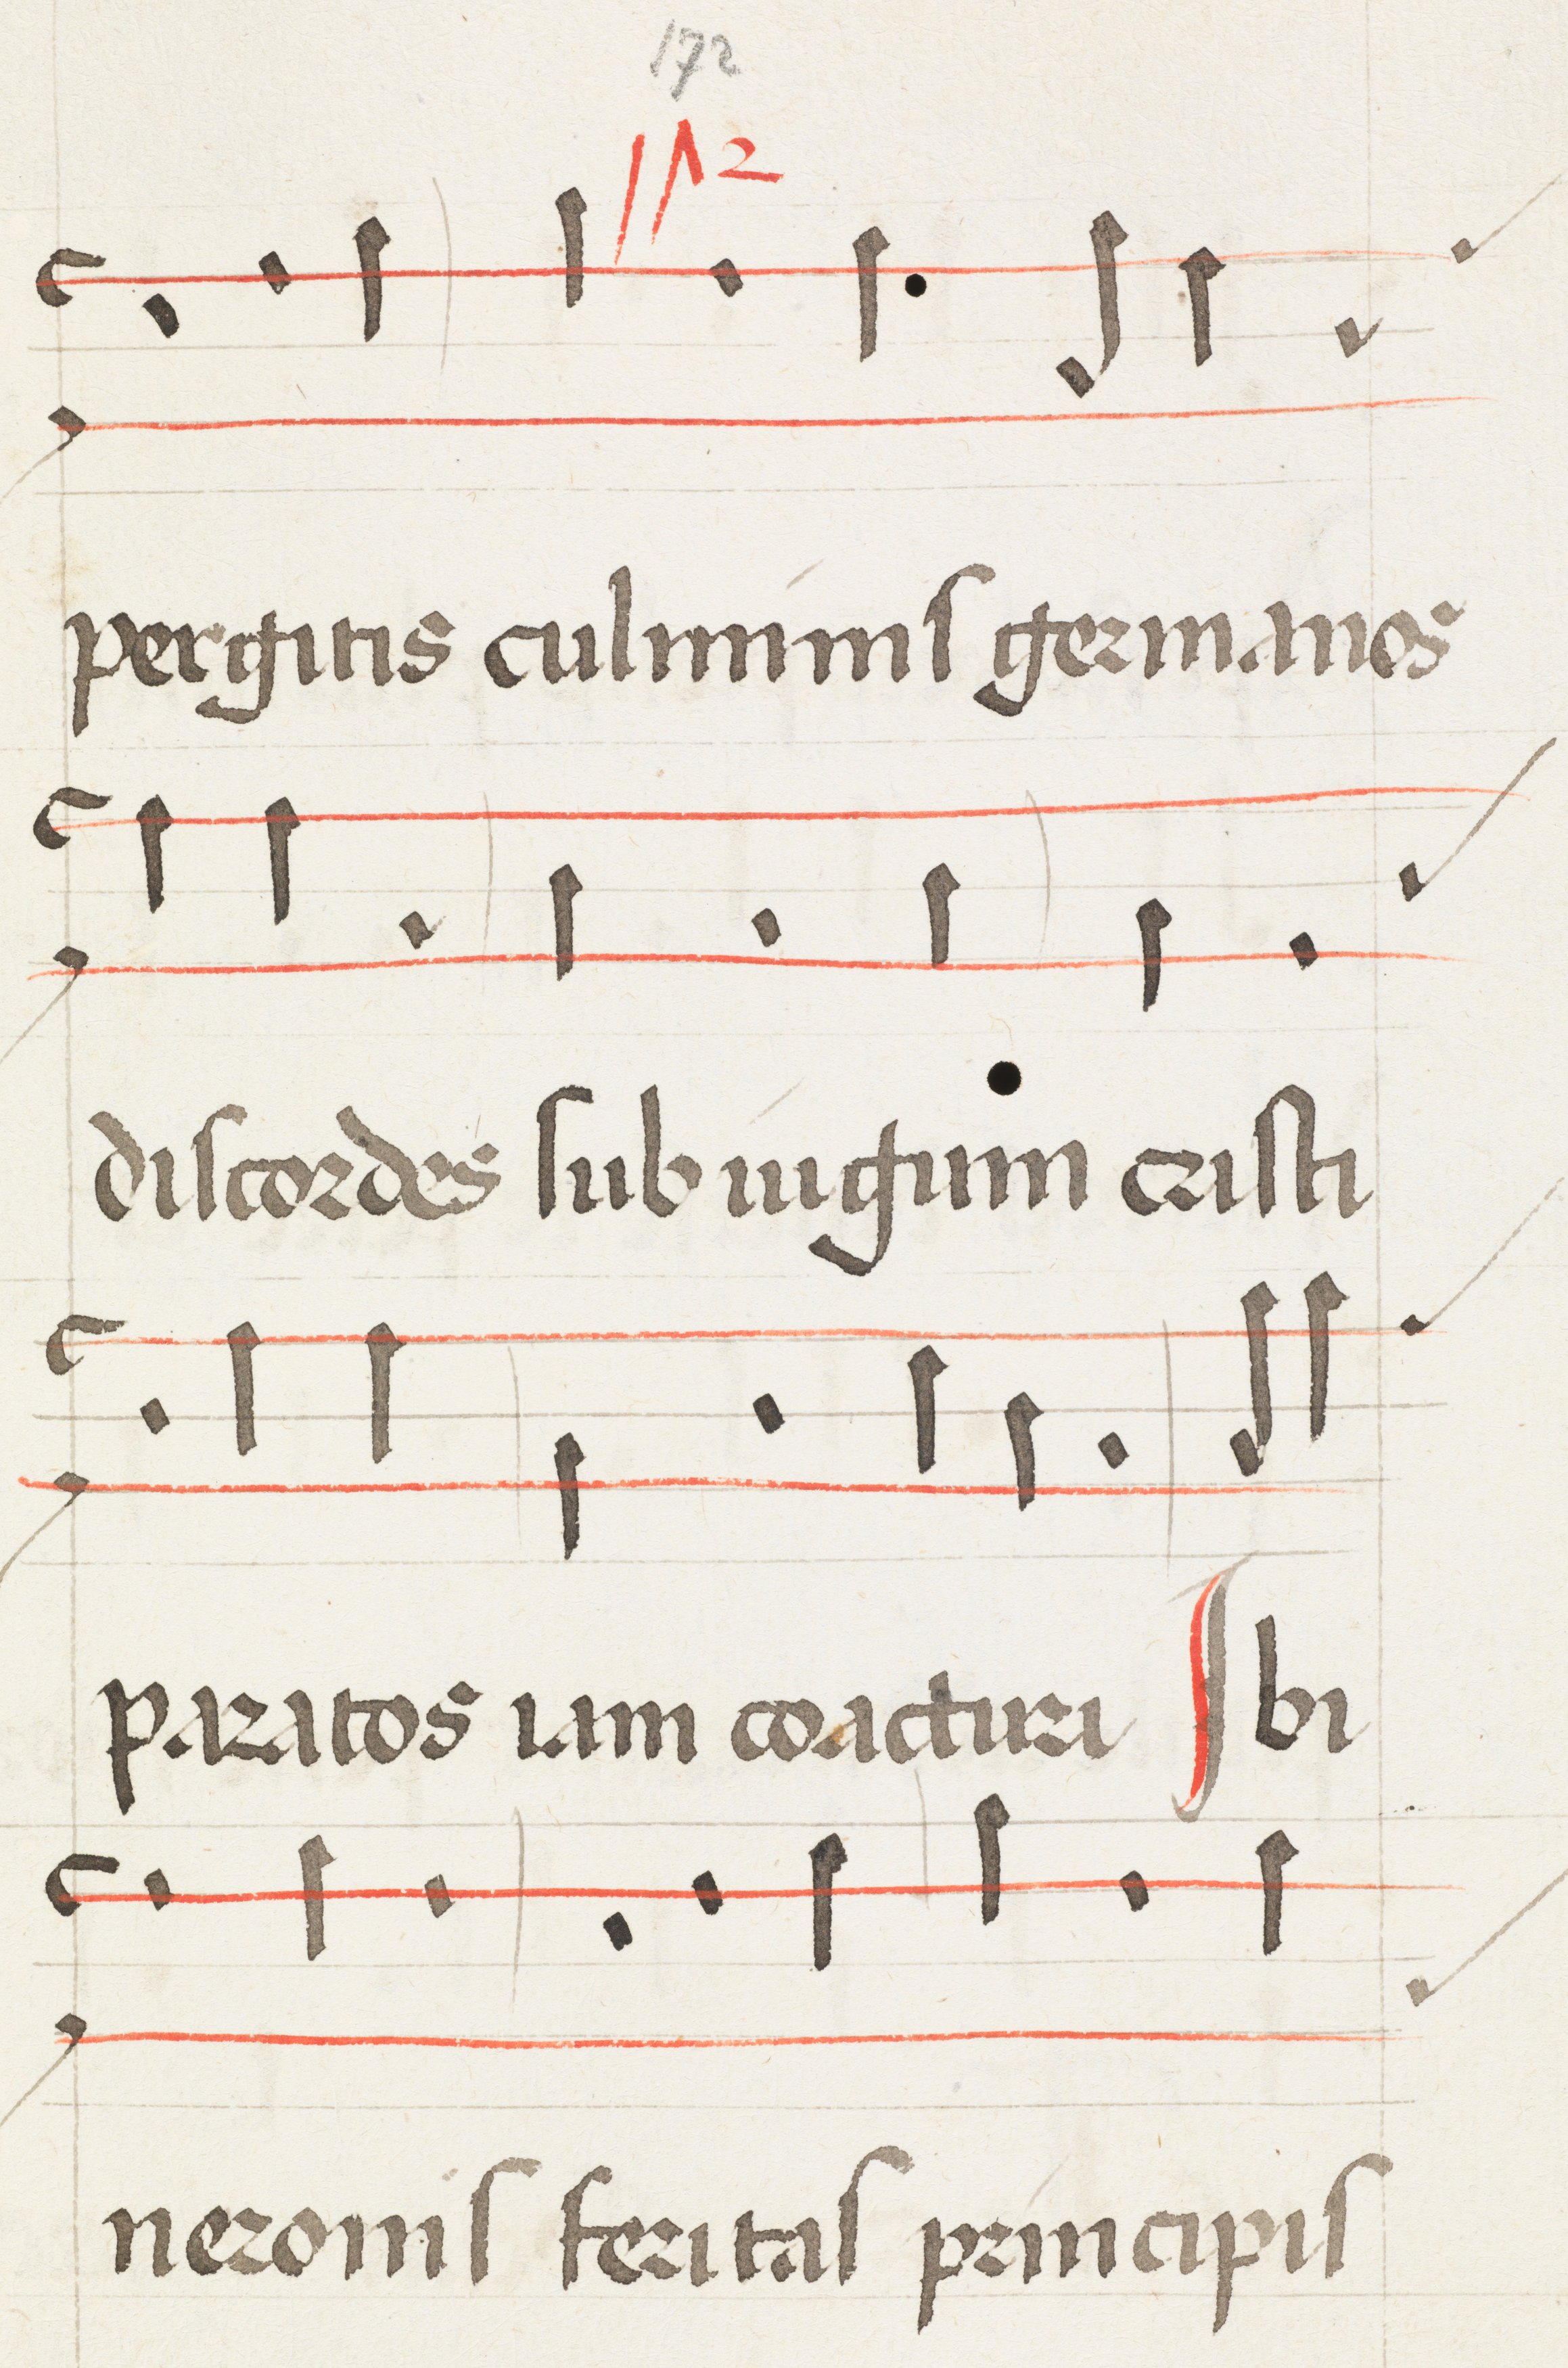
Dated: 1475–1499